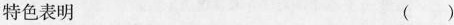
特色表明 ()